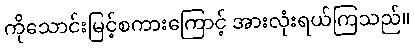
ကိုသောင်းမြင့်စကားကြောင့် အားလုံးရယ်ကြသည်။